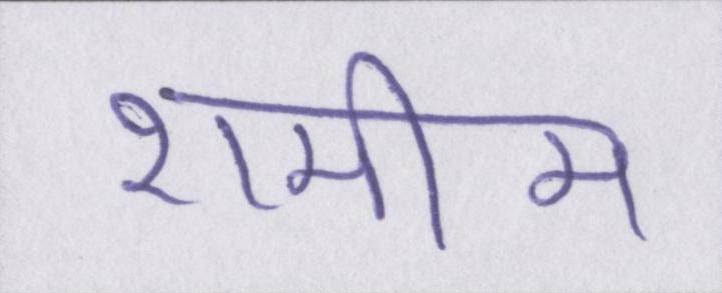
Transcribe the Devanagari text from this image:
शमीम